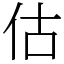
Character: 估